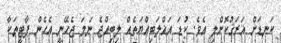
ކަނޑަށް ޣަރަޤުކޮށްލި އެވެ. ކުޑަ އަޣްލަބިއްޔަތެއް ލިބިއްޖެ ނަމަ ޖެހޭނީ އެހެން ޕާޓީތަކާ